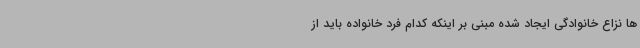
ها نزاع خانوادگی ایجاد شده مبنی بر اینکه کدام فرد خانواده باید از